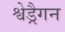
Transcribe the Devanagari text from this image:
श्वेड्रैगन